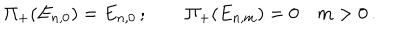
\Pi _ { + } ( E _ { n , 0 } ) = E _ { n , 0 } \, ; \qquad \Pi _ { + } ( E _ { n , m } ) = 0 \quad m > 0 \, .